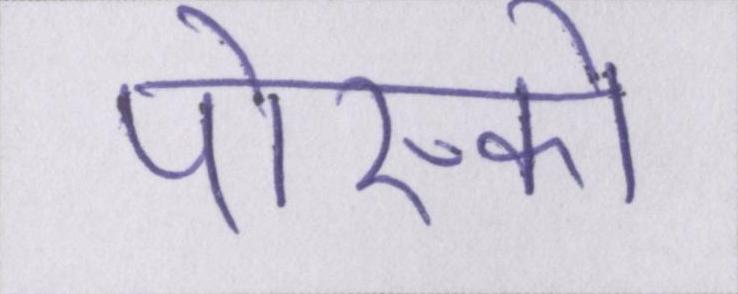
पोस्को